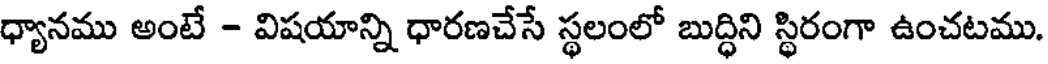
ధ్యానము అంటే - విషయాన్ని ధారణచేసే స్థలంలో బుద్ధిని స్థిరంగా ఉంచటము.